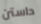
داستن